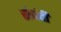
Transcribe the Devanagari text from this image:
संबंदी